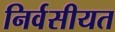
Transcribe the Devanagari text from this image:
निर्वसीयत